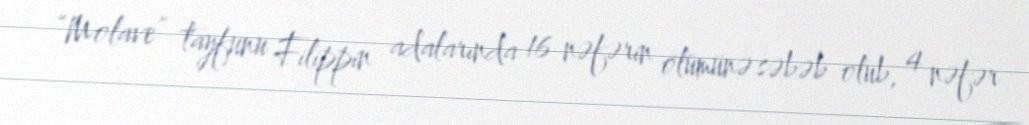
“Molave” tayfunu Filippin adalarında 16 nəfərin ölümünə səbəb olub, 4 nəfər